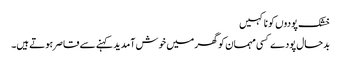
خشک پودوں کو نا کہیں
بدحال پودے کسی مہمان کو گھر میں خوش آمدید کہنے سے قاصر ہوتے ہیں۔